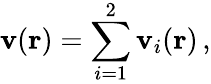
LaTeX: \mathbf{v}(\mathbf{r})=\sum_{i=1}^{2}\mathbf{v}_{i}(\mathbf{r})\, ,